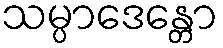
သမ္ပာဒေန္တော